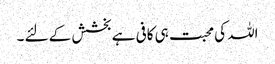
اللہ کی محبت ہی کافی ہے بخشش کے لئے ۔